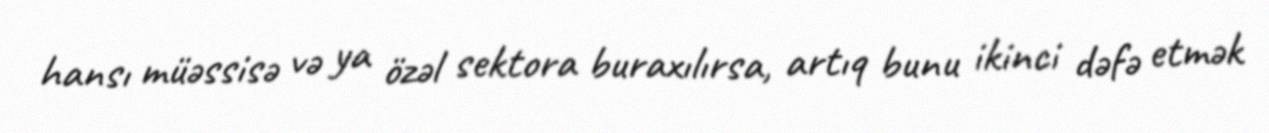
hansı müəssisə və ya özəl sektora buraxılırsa, artıq bunu ikinci dəfə etmək